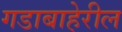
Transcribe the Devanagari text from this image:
गडाबाहेरील